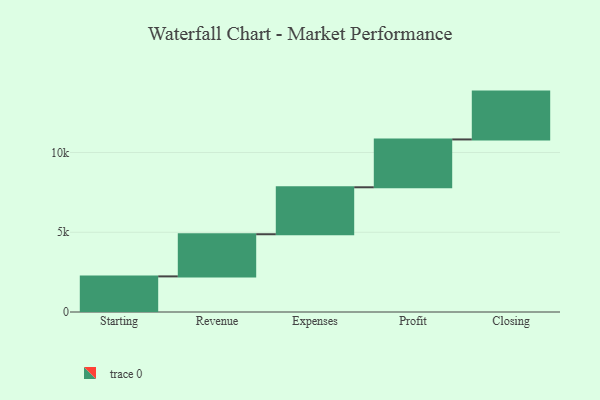
{"axis": {"x": "Step", "y": "Value"}, "legend": [""], "data": [{"x": "Starting", "y": 2233.0, "type": ""}, {"x": "Revenue", "y": 2643.0, "type": ""}, {"x": "Expenses", "y": 2945.0, "type": ""}, {"x": "Profit", "y": 3000, "type": ""}, {"x": "Closing", "y": 3000, "type": ""}]}